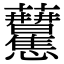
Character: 𧆒